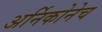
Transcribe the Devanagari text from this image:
अर्निकोनेच